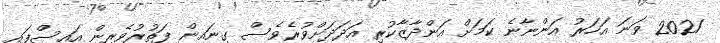
2021 ވަނަ އަހަރު އަންނާނެ ކަމަށް އަންދާޒާކުރި އަދަދަށްވުރެވެސް ގިނައިން ފަތުރުވެރިން އައިސްފައި